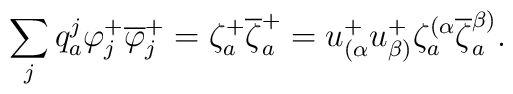
\sum_{j}q^j_a \varphi_{j}^{+}\overline{\varphi}_{j}^{+}=\zeta_a^+\overline{\zeta}^+_a=u_{(\alpha}^+u_{\beta)}^+\zeta^{(\alpha}_a\overline{\zeta}^{\beta)}_a.